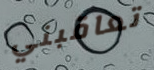
تعاقبني